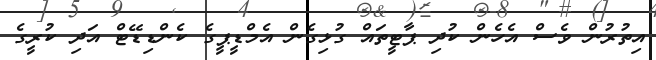
އިތުރުން ވެސް އެހެން ކުދި ޕާޓީތައް ގުޅިގެން އެމްޑީޕީގެ ކެންޑިޑޭޓް އަދި ކުރީގެ